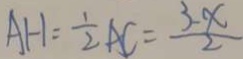
A H = \frac { 1 } { 2 } A C = \frac { 3 - x } { 2 }